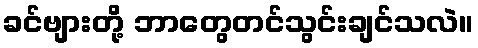
ခင်ဗျားတို့ ဘာတွေတင်သွင်းချင်သလဲ။